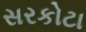
સરકોટા